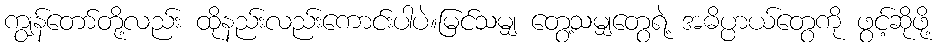
ကျွန်တော်တို့လည်း ထိုနည်းလည်းကောင်းပါပဲ။မြင်သမျှ တွေ့သမျှတွေရဲ့ အဓိပ္ပာယ်တွေကို ဖွင့်ဆိုဖို့